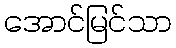
အောင်မြင်သာ